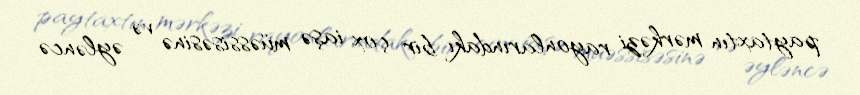
paytaxtın mərkəzi rayonlarındakı bir çox iaşə müəssisəsinə və əyləncə